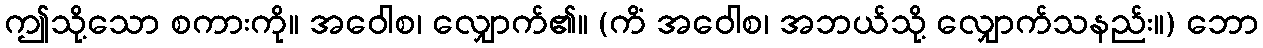
ဤသို့သော စကားကို။ အဝေါစ၊ လျှောက်၏။ (ကိံ အဝေါစ၊ အဘယ်သို့ လျှောက်သနည်း။) ဘော